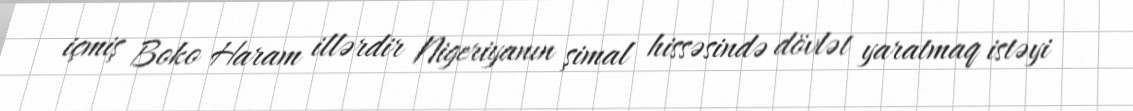
içmiş Boko Haram illərdir Nigeriyanın şimal hissəsində dövlət yaratmaq istəyi